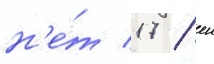
н'е́т 17 / еи